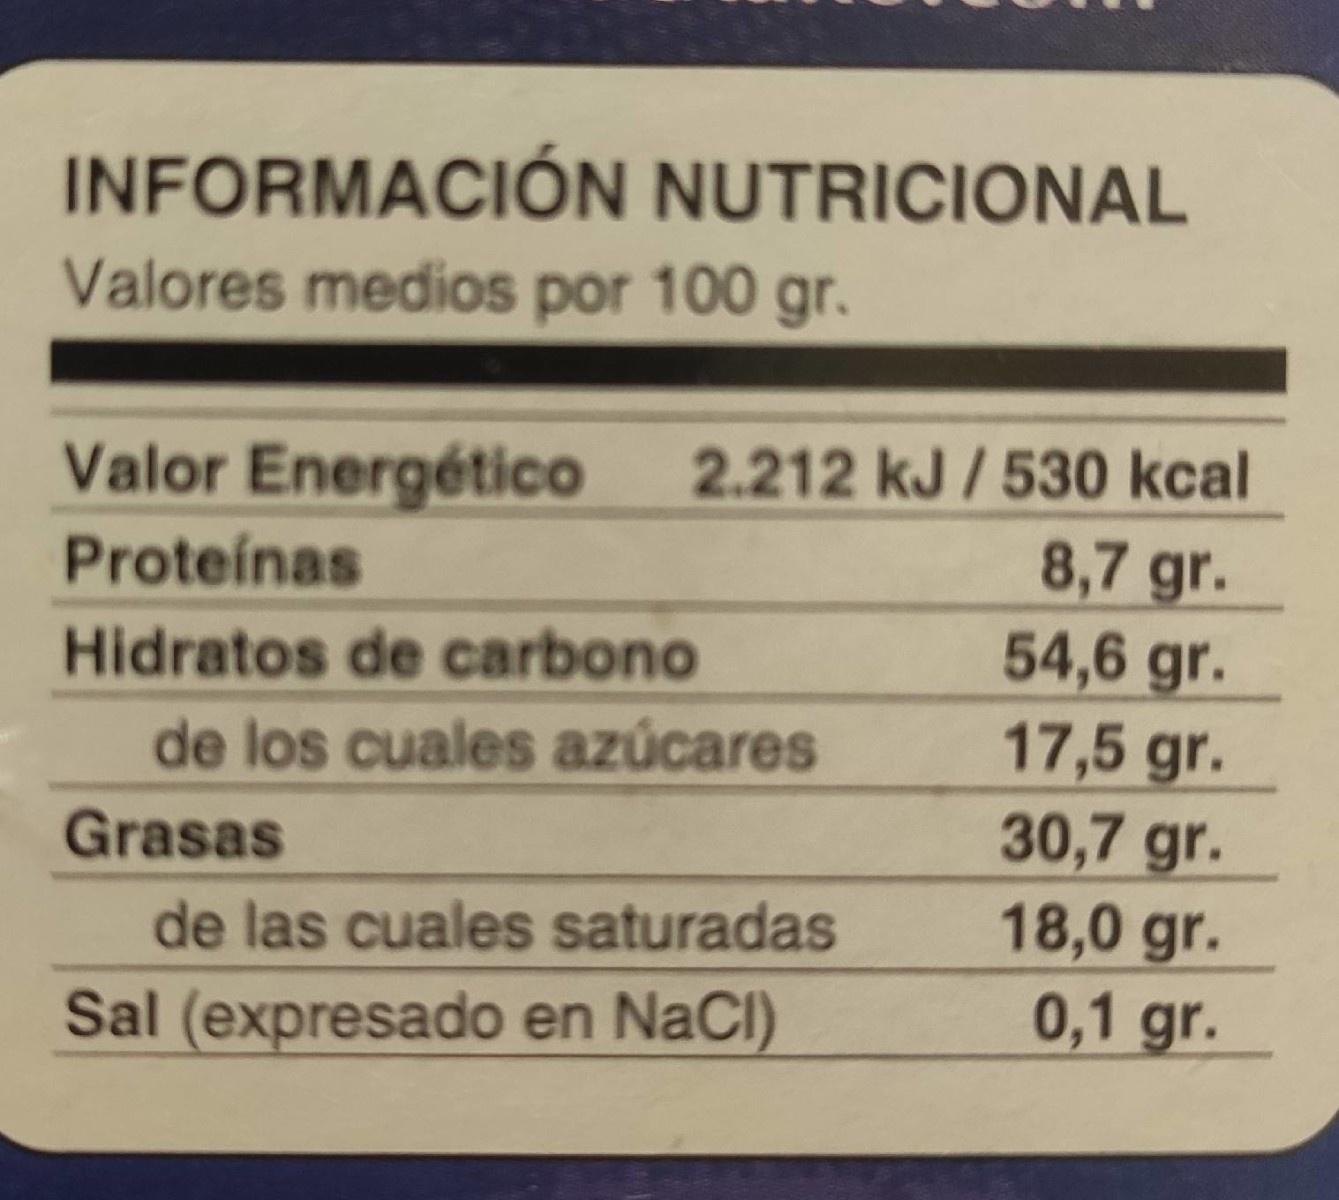
INFORMACIÓN NUTRICIONAL Valores medios por 100 gr. Valor Energético 2.212 kJ/530 kcal 8,7 gr. 54,6 gr. 17,5 gr. 30,7 gr. 18,0 gr. 0,1 gr. Proteínas Hidratos de carbono de los cuales azúcares Grasas de las cuales saturadas Sal (expresado en NaCI)